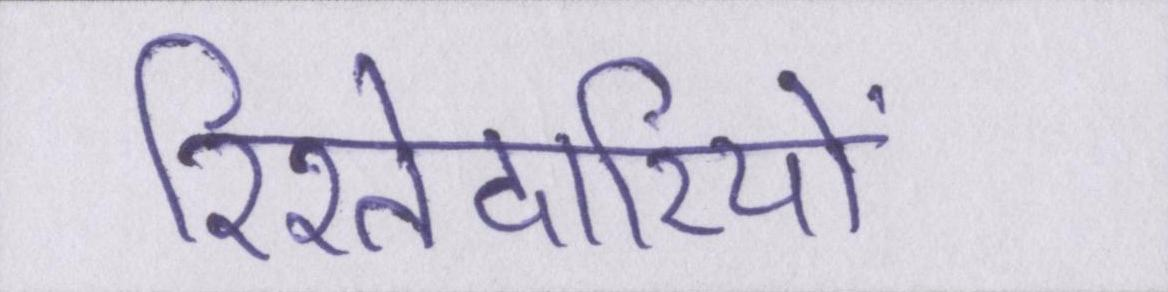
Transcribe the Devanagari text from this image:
रिश्तेदारियों